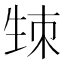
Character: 𤯡